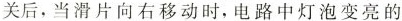
关后，当滑片向右移动时，电路中灯泡变亮的